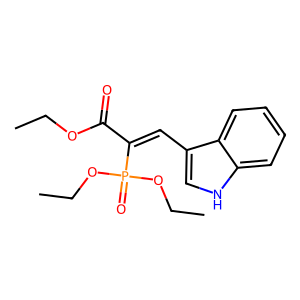
SMILES: CCOC(=O)C(=Cc1c[nH]c2ccccc12)P(=O)(OCC)OCC
Inhibits HIV replication: No